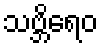
သဗ္ဘိရေဝ